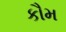
કૌમ